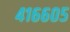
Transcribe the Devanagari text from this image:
४१६६०५